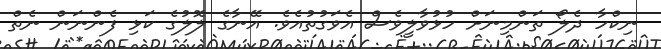
ނިކްހާ ދެލޯ ތަންމިނަށް ހުޅުވާލީވެސް އެވަގުތުއެވެ. އޭނާގެ ލޮލުގެ ކަޅި ފެންނަން ނެތް